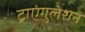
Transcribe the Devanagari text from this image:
ट्राएंगुलेशन